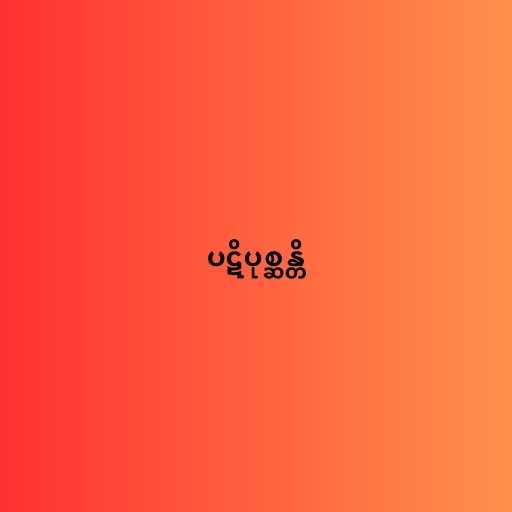
ပဋိပုစ္ဆန္တိ